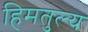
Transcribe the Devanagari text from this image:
हिमतुल्य